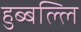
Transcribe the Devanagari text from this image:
हुब्बल्लि